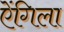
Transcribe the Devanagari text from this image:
ऐंगिला